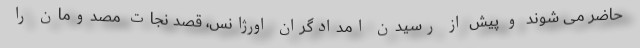
حاضر می شوند و پیش از رسیدن امدادگران اورژانس، قصد نجات مصدومان را